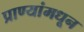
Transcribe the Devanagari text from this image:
प्राण्यांमधून